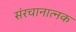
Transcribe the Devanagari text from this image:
संरचानात्नक